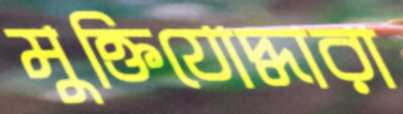
মুক্তিযোদ্ধারা